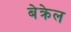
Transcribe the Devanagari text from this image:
बेक्रेल